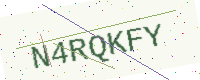
Text: N4RQKFY